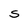
Character: S